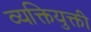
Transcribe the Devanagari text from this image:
व्यक्तियुक्ती